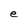
Character: e